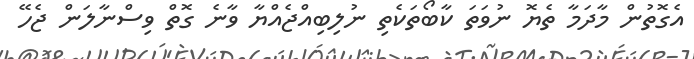
އެގޮތުން މާދަމާ ތެޔޮ ނުވަތަ ކާބޯތަކެތި ނުލިބިއްޖެއްޔާ ވާނެ ގޮތް ވިސްނާލަން ޖެހޭ